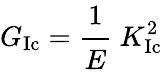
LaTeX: G_{\mathrm{{Ic}}}={\cfrac{1}{E}}~K_{\mathrm{{Ic}}}^{2}